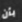
بأن